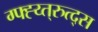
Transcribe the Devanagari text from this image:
ग्फ्ह्य्त्रुत्द्स